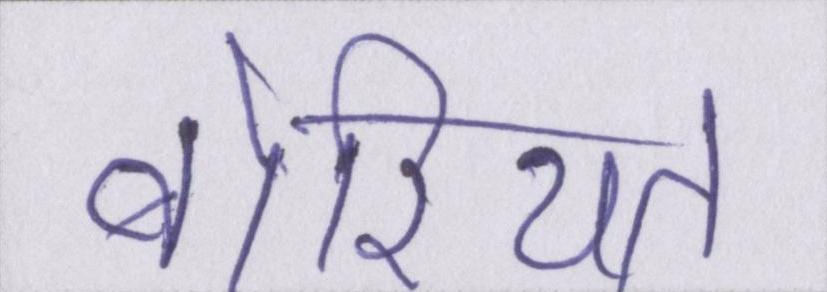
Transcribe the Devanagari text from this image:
बोरियत